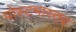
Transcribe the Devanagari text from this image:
पोस्टमास्तर